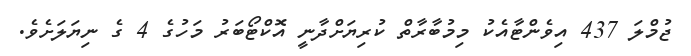
ޖުމްލަ 437 އިވެންޓާއެކު މިމުބާރާތް ކުރިޔަށްދާނީ އޮކްޓޯބަރު މަހުގެ 4 ގެ ނިޔަލަށެވެ.